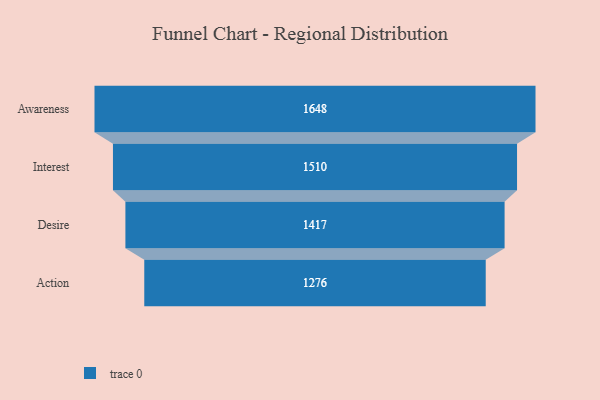
{"axis": {"x": "Stage", "y": "Value"}, "legend": [""], "data": [{"x": "Awareness", "y": 1648.0, "type": ""}, {"x": "Interest", "y": 1510.0, "type": ""}, {"x": "Desire", "y": 1417.0, "type": ""}, {"x": "Action", "y": 1276.0, "type": ""}]}